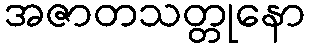
အဇာတသတ္တုနော